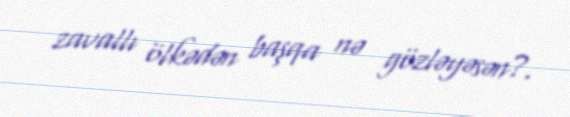
zavallı ölkədən başqa nə gözləyəsən?.